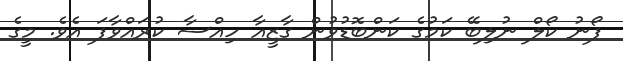
ފޯނު ކޯލް ނުލިބޭ ކަމުގެ ކަންބޮޑުވުން ގާޒީއާ ހިއްސާ ކުރައްވާފަ އެވެ. މީގެ